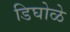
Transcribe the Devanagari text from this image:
डिघोळे